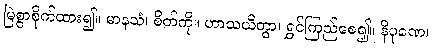
မြဲစွာစိုက်ထား၍။ မာနသံ၊ စိတ်ကို။ ဟာသယိတွာ၊ ရွှင်ကြည်စေ၍။ နိပုဏေ၊